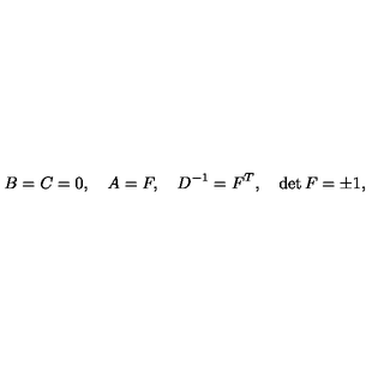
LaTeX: B = C = 0 , \quad A = F , \quad D ^ { - 1 } = F ^ { T } , \quad \det F = \pm 1 ,